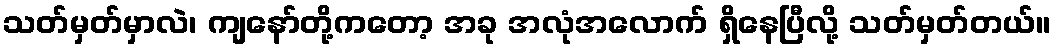
သတ်မှတ်မှာလဲ၊ ကျနော်တို့ကတော့ အခု အလုံအလောက် ရှိနေပြီလို့ သတ်မှတ်တယ်။